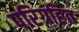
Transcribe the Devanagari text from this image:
परिग्रहित